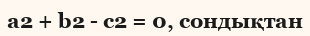
a2 + b2 - c2 = 0, сондықтан